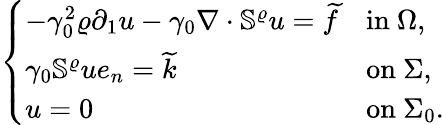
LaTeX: \left\{ \begin{array}{ll}{-\gamma_{0}^{2}\varrho\partial_{1}u-\gamma_{0}\nabla\cdot\mathbb{S}^{\varrho}u=\widetilde{f}}&{\mathrm{in~}\Omega,}\\ {\gamma_{0}\mathbb{S}^{\varrho}ue_{n}=\widetilde{k}}&{\mathrm{on~}\Sigma,}\\ {u=0}&{\mathrm{on~}\Sigma_{0}.}\end{array}\right.